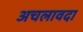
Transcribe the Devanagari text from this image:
अचलावदा